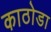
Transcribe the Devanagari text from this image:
काठोडा